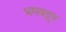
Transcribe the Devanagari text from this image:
भगवद्रूप